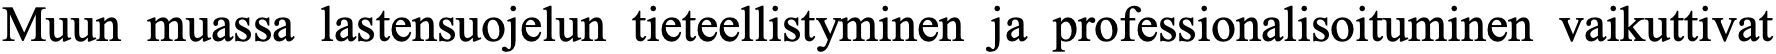
Muun muassa lastensuojelun tieteellistyminen ja professionalisoituminen vaikuttivat